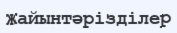
Жайынтәрізділер